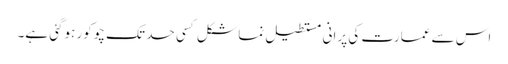
اس سے عمارت کی پرانی مستطیل نما شکل کسی حد تک چوکور ہوگئی ہے۔